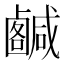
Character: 𢨟